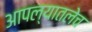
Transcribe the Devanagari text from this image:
आपल्यातलेच